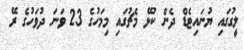
ލީގުގައި ޔުނައިޓެޑް ދެން ކުޅޭ މެޗުގައި މިމަހުގެ 23 ވަނަ ދުވަހުގެ ރޭ